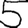
Digit: 5